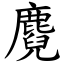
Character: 麑